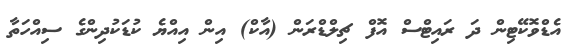
އެޑްވޮކޭޓިން ދަ ރައިޓްސް އޮފް ޗިލްޑްރަން (އާކް) އިން އިއްޔެ ކުޑަކުދިންގެ ސިއްހަތާ